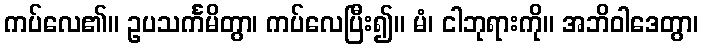
ကပ်လေ၏။ ဥပသင်္ကမိတွာ၊ ကပ်လေပြီး၍။ မံ၊ ငါဘုရားကို။ အဘိဝါဒေတွာ၊